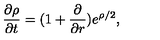
\frac { \partial \rho } { \partial t } = ( 1 + \frac { \partial } { \partial r } ) e ^ { \rho / 2 } ,